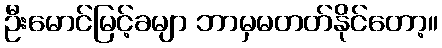
ဦးမောင်မြင့်ခမျာ ဘာမှမတတ်နိုင်တော့။